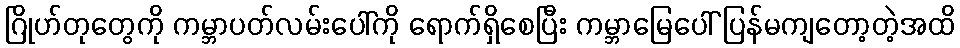
ဂြိုဟ်တုတွေကို ကမ္ဘာပတ်လမ်းပေါ်ကို ရောက်ရှိစေပြီး ကမ္ဘာမြေပေါ် ပြန်မကျတော့တဲ့အထိ